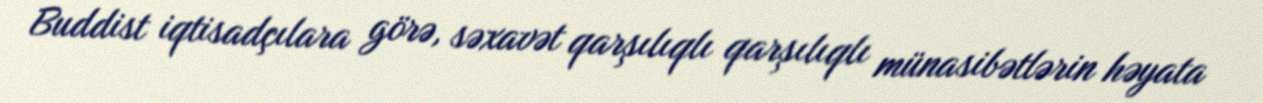
Buddist iqtisadçılara görə, səxavət qarşılıqlı qarşılıqlı münasibətlərin həyata